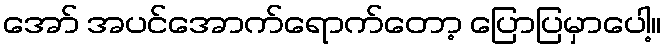
အော် အပင်အောက်ရောက်တော့ ပြောပြမှာပေါ့။